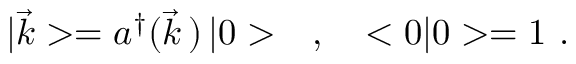
| \vec { k } > = a ^ { \dagger } ( \vec { k } \, ) \, | 0 > \ \ \ , \ \ \ < 0 | 0 > = 1 \ .